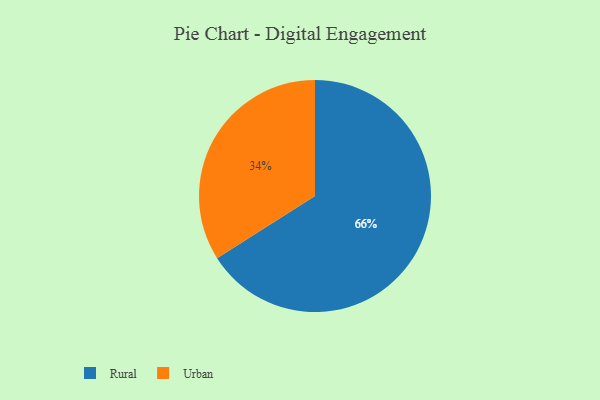
{"axis": {"x": "Category", "y": "Percentage"}, "legend": ["Rural", "Urban"], "data": [{"x": "Urban", "y": 34, "type": "Urban"}, {"x": "Rural", "y": 66, "type": "Rural"}]}